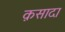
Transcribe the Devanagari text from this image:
क़सादा